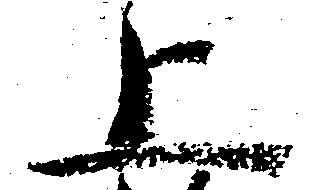
上